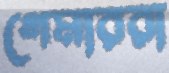
গেমাররা